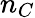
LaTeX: n_{C}